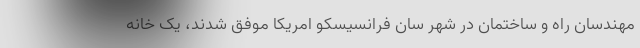
مهندسان راه و ساختمان در شهر سان فرانسیسکو امریکا موفق شدند، یک خانه